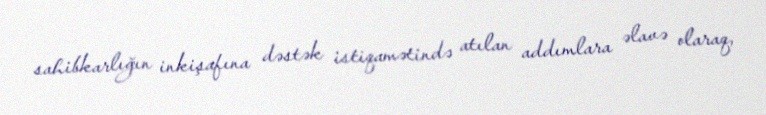
sahibkarlığın inkişafına dəstək istiqamətində atılan addımlara əlavə olaraq,